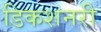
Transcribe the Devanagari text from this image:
डिकशनरी